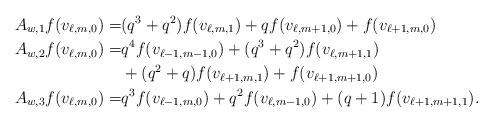
LaTeX: \begin{align*}A_{w,1}f(v_{\ell,m,0})=&(q^3+q^2)f(v_{\ell,m,1})+qf(v_{\ell,m+1,0})+f(v_{\ell+1,m,0})\\A_{w,2}f(v_{\ell,m,0})=&q^4f(v_{\ell-1,m-1,0})+(q^3+q^2)f(v_{\ell,m+1,1})\\&+(q^2+q)f(v_{\ell+1,m,1})+f(v_{\ell+1,m+1,0})\\A_{w,3}f(v_{\ell,m,0})=&q^3f(v_{\ell-1,m,0})+q^2f(v_{\ell,m-1,0})+(q+1)f(v_{\ell+1,m+1,1}).\end{align*}